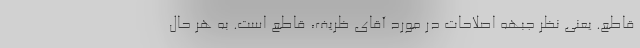
قاطع. یعنی نظر جبهه اصلاحات در مورد آقای ظریف، قاطع است. به هر حال